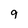
Character: 9